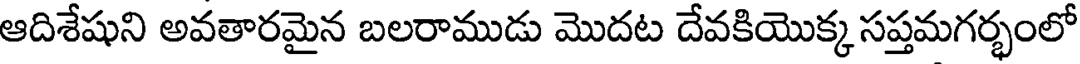
ఆదిశేషుని అవతారమైన బలరాముడు మొదట దేవకియొక్క సప్తమగర్భంలో